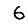
Digit: 6